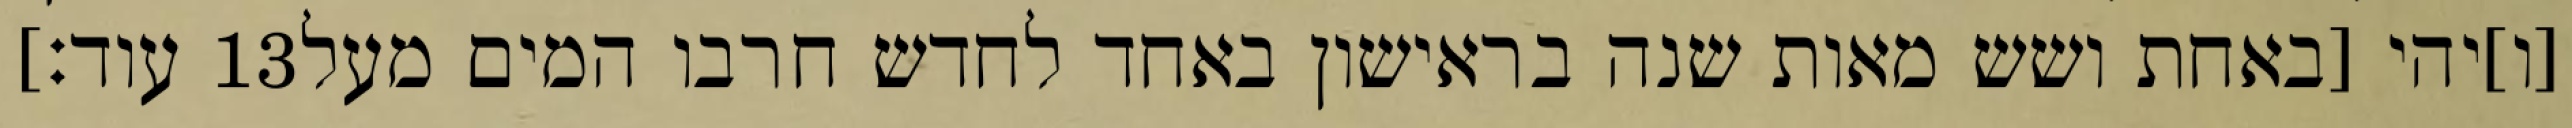
עוד׃] ‎13‏ [ו]יהי [באחת ושש מאות שנה בראישון באחד לחדש חרבו המים מעל